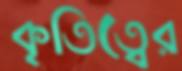
কৃতিত্বের